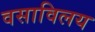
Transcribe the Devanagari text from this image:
वसाविलय